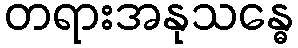
တရားအနုသန္ဓေ